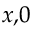
_ { x , 0 }